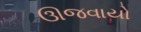
ઊજવાયો